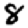
Digit: 8